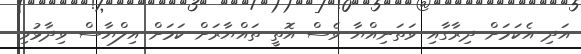
އަދި އެކަމަށް ދިރާގާއި ވަތަނިއްޔާ ވެސް އޮތީ ތައްޔާރަށް ކަމަށް އިލްޔާސް ވިދާޅުވި